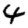
Digit: 4